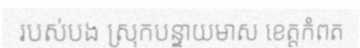
របស់បង ស្រុកបន្ទាយមាស ខេត្តកំពត